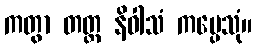
ကတွာ တတ္ထ နိဝါသံ ကပ္ပေသုံ။